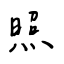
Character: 照